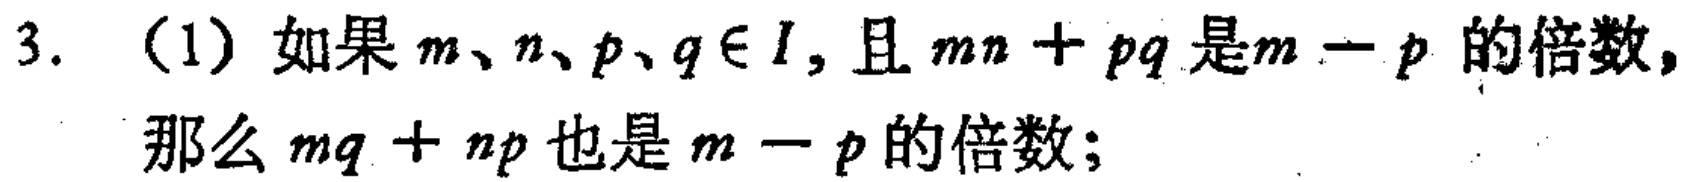
3. (1) 如果 \(m、n、p、q\in I\)，且 \(mn + pq\) 是 \(m - p\) 的倍数，那么 \(mq + np\) 也是 \(m - p\) 的倍数；